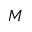
M